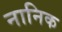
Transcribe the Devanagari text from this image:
नानिक